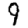
Digit: 9